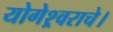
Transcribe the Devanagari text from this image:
योगेश्र्वराचे।